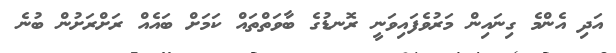
އަދި އެންމެ ގިނައިން މަރުވެފައިވަނީ ރޮނޑުގެ ބާވަތްތައް ކަމަށް ބައެއް ރަށްރަށުން ބުނެ